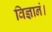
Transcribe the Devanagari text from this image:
विज्ञानं।